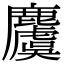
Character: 𪋬